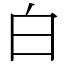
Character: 白